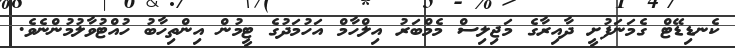
ކެނޑިޑޭޓް ގެމަނަފުށީ ދާއިރާގެ މަޖިލިސް މެމްބަރު އިލްހާމް އަހުމަދުގެ ޓީމުން އިންތިހާބު ހުއްޓުވާލުމުންނެވެ.